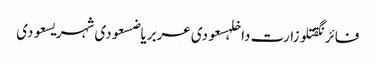
فائرنگقتلوزارت داخلہسعودی عربریاضسعودی شہریسعودی